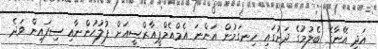
އަދި އޭނާގެ ބެލުމުގެ ދަށުގައި ހިނގަމުން އަންނަ އެމްއެމްޕީއާރްސީއަށް ފުުލުހުންނާއި ސިފައިން ވަދެ